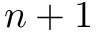
n + 1